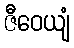
ဇီဝေယျံ